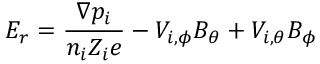
E _ { r } = \frac { \nabla p _ { i } } { n _ { i } Z _ { i } e } - V _ { i , \phi } B _ { \theta } + V _ { i , \theta } B _ { \phi }